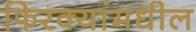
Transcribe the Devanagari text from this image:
फिरक्यांमधील